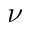
\nu